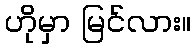
ဟိုမှာ မြင်လား။